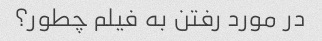
در مورد رفتن به فیلم چطور؟